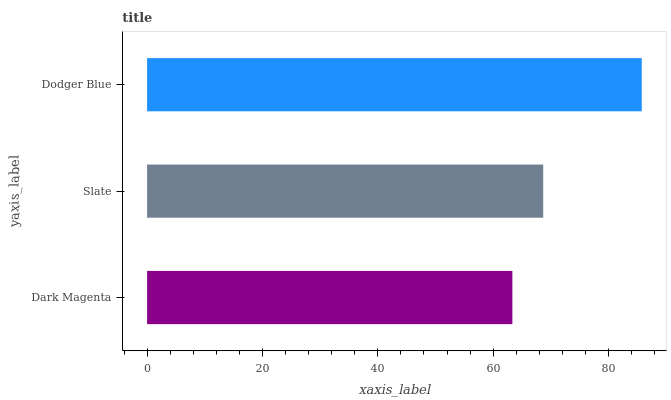
| yaxis_label | bars |
 | --- | --- |
 | Dark Magenta | 63.3 |
 | Slate | 68.7 |
 | Dodger Blue | 85.8 |